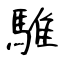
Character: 騅